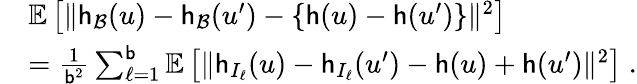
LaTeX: \begin{array}{rl}&{\mathbb{E}\left[\| \mathsf{h}_{\mathcal{B}}(u)-\mathsf{h}_{\mathcal{B}}(u^{\prime})-\{ \mathsf{h}(u)-\mathsf{h}(u^{\prime})\} \| ^{2}\right]}\\ &{=\frac{1}{\mathsf{b}^{2}}\sum_{\ell=1}^{\mathsf{b}}\mathbb{E}\left[\| \mathsf{h}_{I_{\ell}}(u)-\mathsf{h}_{I_{\ell}}(u^{\prime})-\mathsf{h}(u)+\mathsf{h}(u^{\prime})\| ^{2}\right]\; .}\end{array}